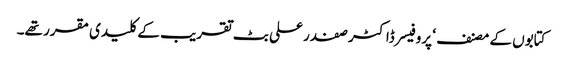
کتابوں کے مصنف ‘ پروفیسر ڈاکٹر صفدر علی بٹ تقریب کے کلیدی مقرر تھے۔